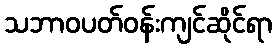
သဘာဝပတ်ဝန်းကျင်ဆိုင်ရာ